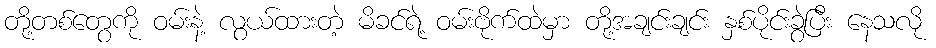
တို့တစ်တွေကို ဝမ်းနဲ့ လွယ်ထားတဲ့ မိခင်ရဲ့ ဝမ်းဗိုက်ထဲမှာ တို့အချင်းချင်း နှစ်ပိုင်းခွဲပြီး နေသလို